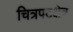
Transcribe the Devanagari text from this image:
चित्रपटक्षेत्र